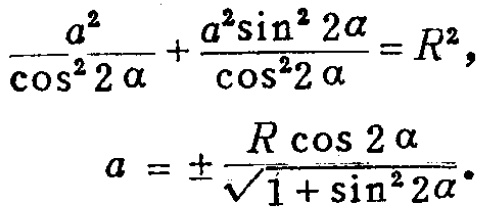
\[\frac{a^{2}}{\cos^{2}2\alpha}+\frac{a^{2}\sin^{2}2\alpha}{\cos^{2}2\alpha}=R^{2},\]
\[a = \pm\frac{R\cos 2\alpha}{\sqrt{1 + \sin^{2}2\alpha}}.\]